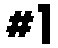
#1